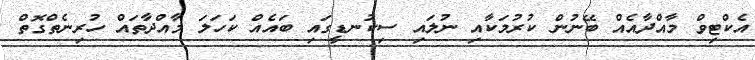
އެކްޓިވް މާއްދާއެއް ބޭނުން ކުރުމަކާއި ނުލައި ސިކުނޑީގައި ބައެއް ކަހަލަ މާއްދާތައް ހުރިނެތްގޮތް